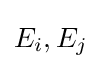
E_{i},E_{j}